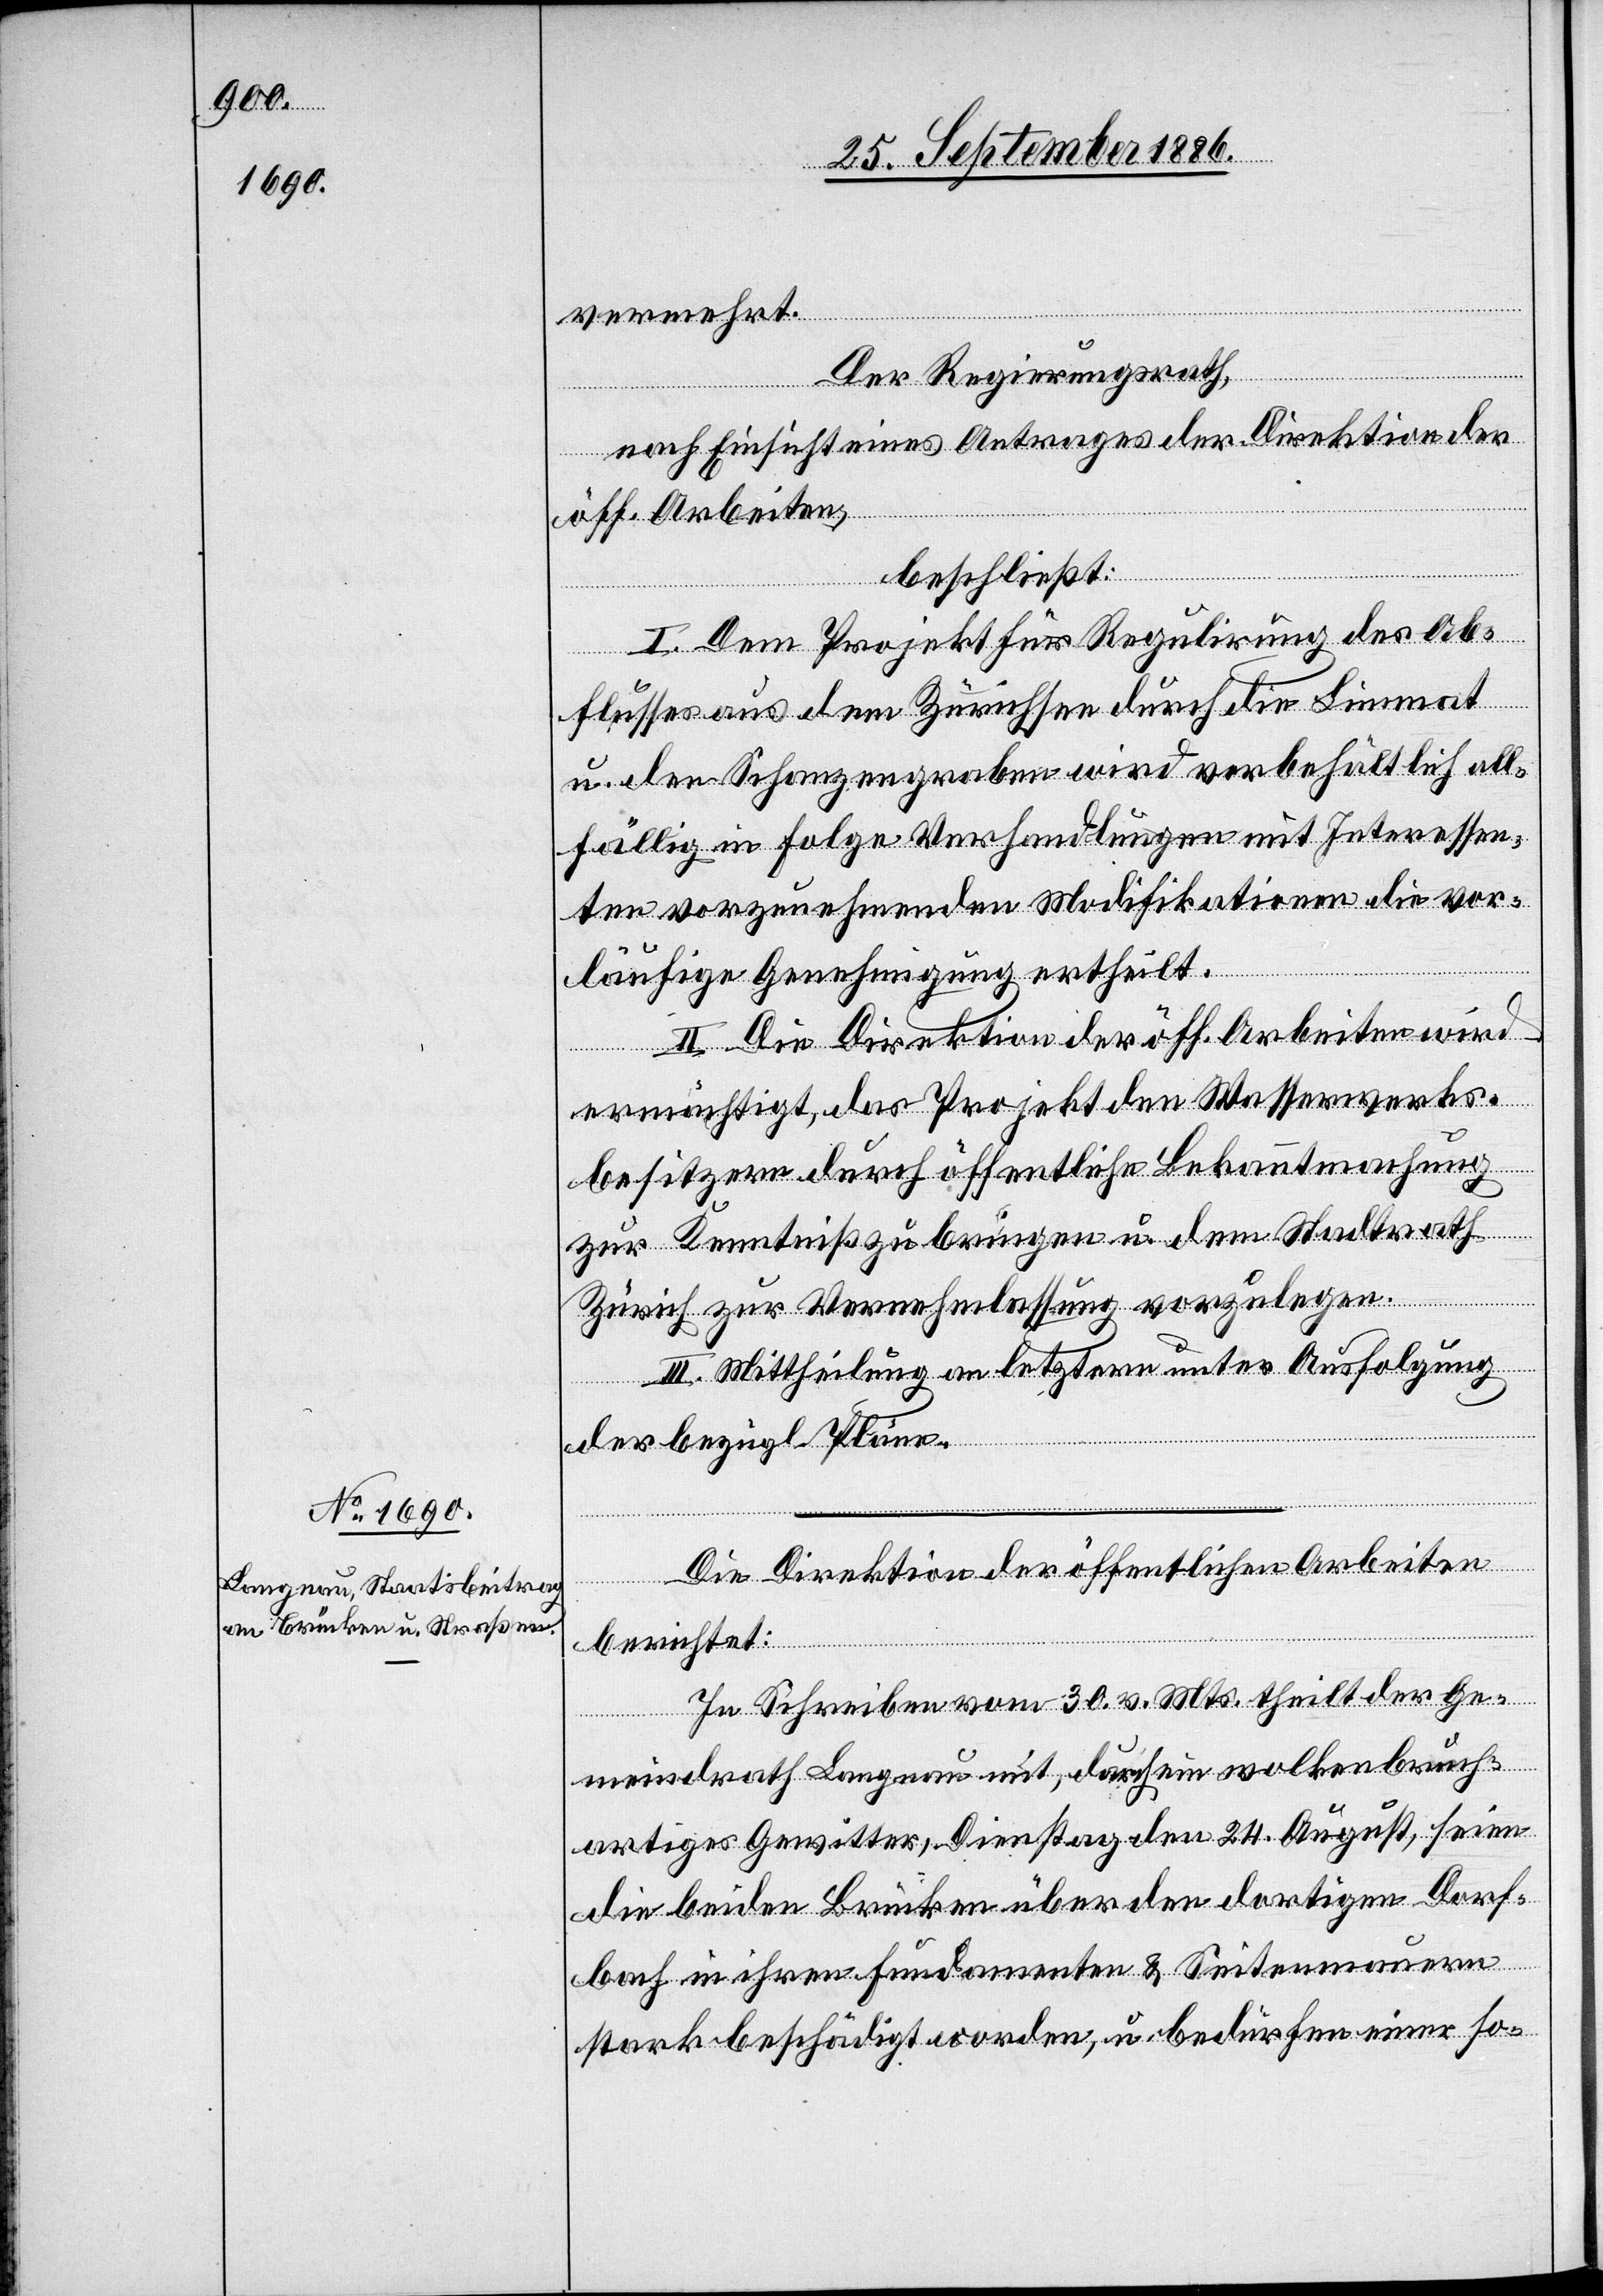
vermehrt.
Der Regierungsrath,
nach Einsicht eines Antrages der Direktion der
öff. Arbeiten,
beschließt:
I. Dem Projekt für Regulirung des Ab¬
flusses aus dem Zürichsee durch die Limmat
u. den Schanzengraben wird vorbehältlich all¬
fällig in Folge Verhandlungen mit Interessen¬
ten vorzunehmenden Modifikationen die vor¬
läufige Genehmigung ertheilt.
II. Die Direktion der öff. Arbeiten wird
ermächtigt, das Projekt den Wasserwerks¬
besitzern durch öffentliche Bekanntmachung
zur Kenntniß zu bringen u. dem Stadtrath
Zürich zur Vernehmlassung vorzulegen.
III. Mittheilung an letztern unter Ausfolgung
der bezügl. Pläne.
Die Direktion der öffentlichen Arbeiten
berichtet:
In Schreiben vom 30. v. Mts. theilt der Ge¬
meindrath Langnau mit, durch ein wolkenbruch¬
artiges Gewitter, Dienstag den 24. August, seien
die beiden Brücken über den dortigen Dorf¬
bach in ihren Fundamenten & Seitenmauern
stark beschädigt worden, u. bedürfen einer so-